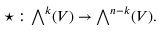
\star : { \textstyle \bigwedge } ^ { k } ( V ) \rightarrow { \textstyle \bigwedge } ^ { n - k } ( V ) .